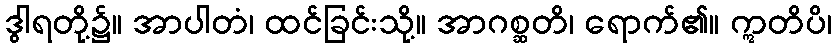
ဒွါရတို့၌။ အာပါတံ၊ ထင်ခြင်းသို့။ အာဂစ္ဆတိ၊ ရောက်၏။ ဣတိပိ၊